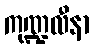
ကုဏ္ဍလီနာ